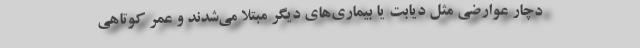
دچار عوارضی مثل دیابت یا بیماری‌های دیگر مبتلا می‌شدند و عمر کوتاهی